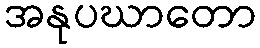
အနုပဃာတော